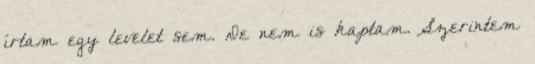
írtam egy levelet sem. De nem is kaptam. Szerintem